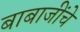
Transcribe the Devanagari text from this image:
बाबाजींचे